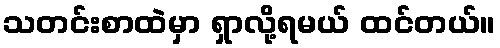
သတင်းစာထဲမှာ ရှာလို့ရမယ် ထင်တယ်။